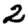
Digit: 2